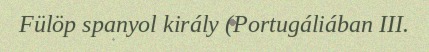
Fülöp spanyol király (Portugáliában III.